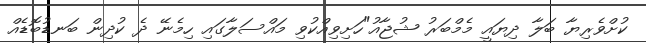
ކުށްވެރިޔާ ބަލާ ދިޔައީ މެމްބަރު ޝުޖާއު"ހަށިވިއްކުވި މައްސަލާގައި ހިމެނޭ ދެ ކުދިން ބަނޑުބޮޑެއް